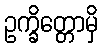
ဥက္ခိတ္တောမှိ